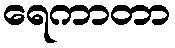
ရေကာတာ